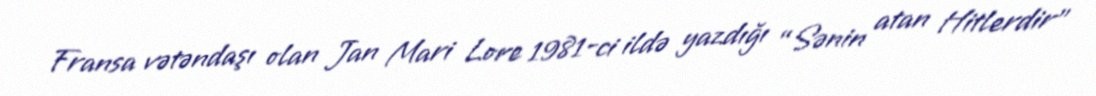
Fransa vətəndaşı olan Jan Mari Lore 1981-ci ildə yazdığı “Sənin atan Hitlerdir”